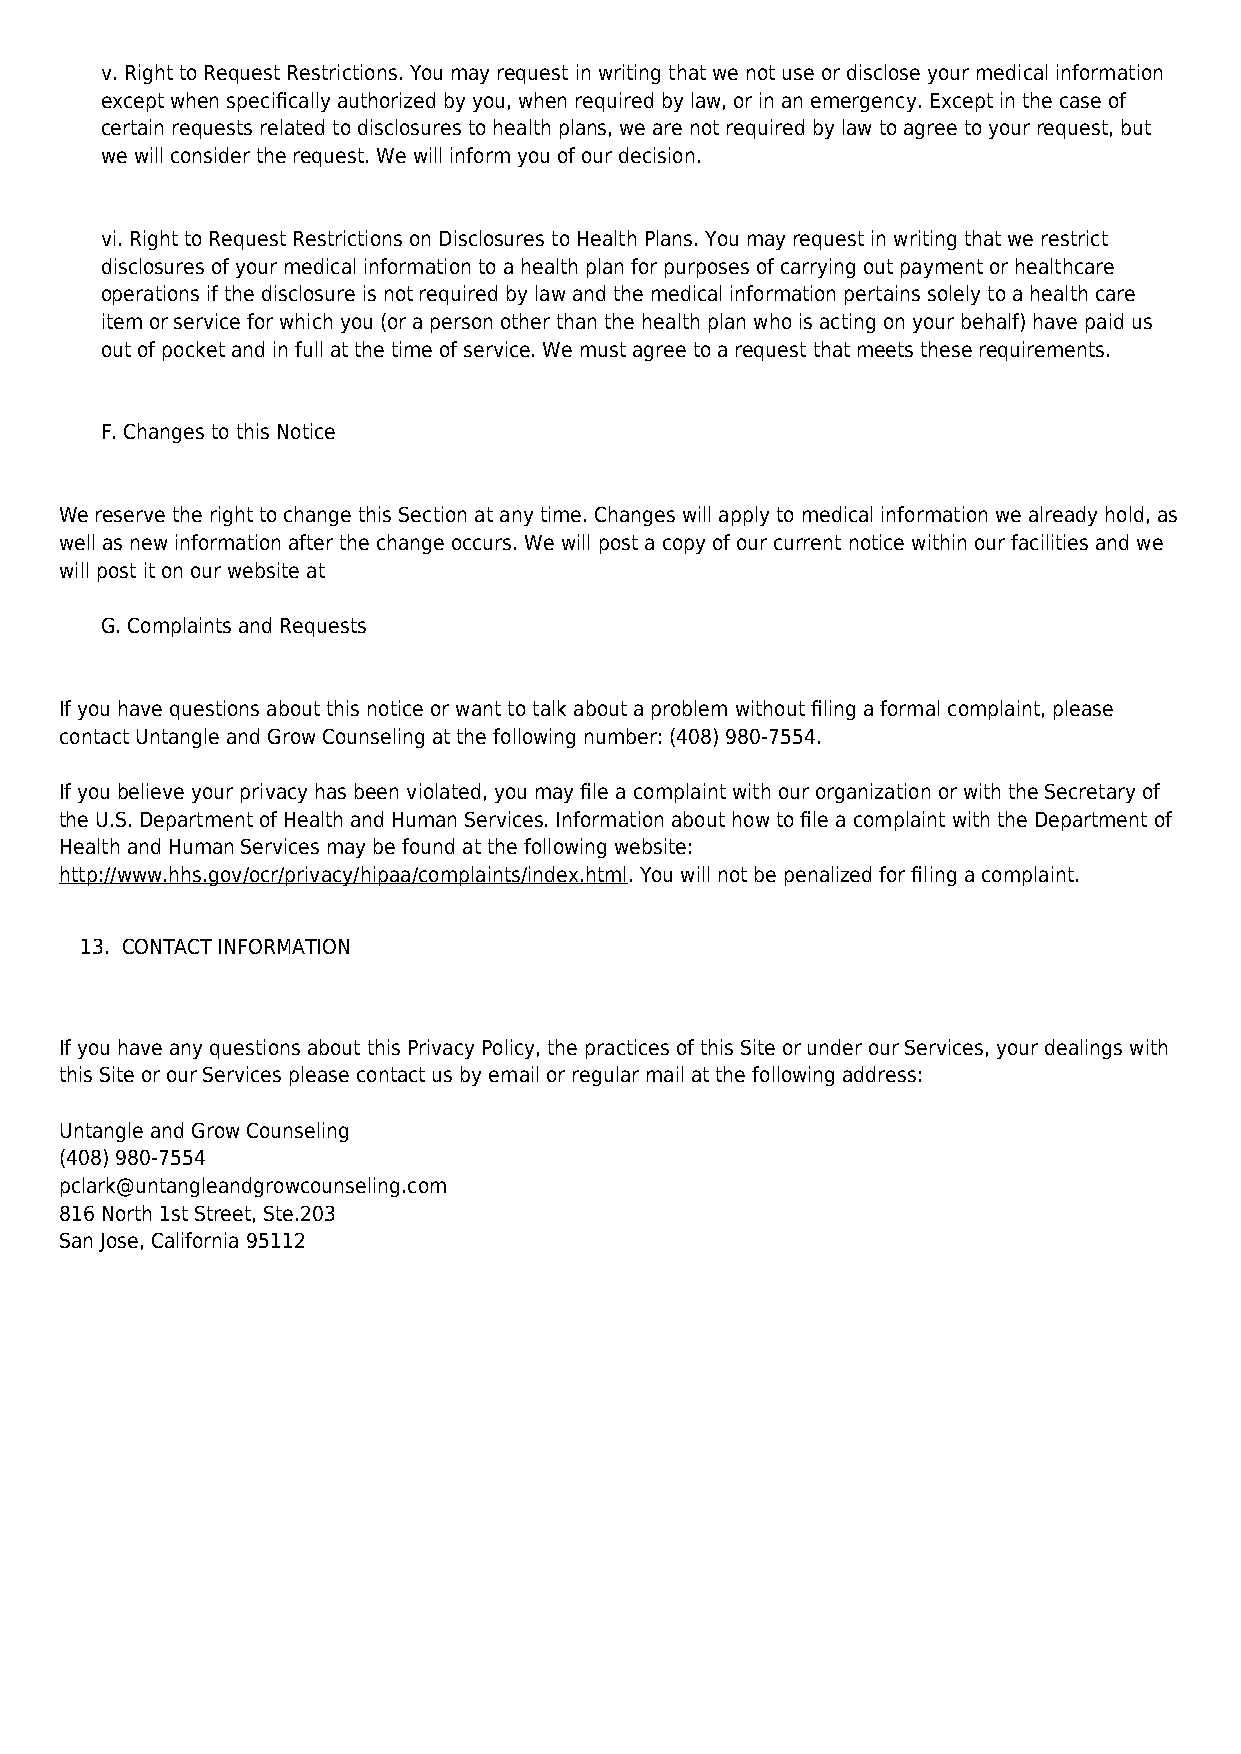
v. Right to Request Restrictions. You may request in writing that we not use or disclose your medical information
 except when specifically authorized by you, when required by law, or in an emergency. Except in the case of
 certain requests related to disclosures to health plans, we are not required by law to agree to your request, but
 we will consider the request. We will inform you of our decision.
 vi. Right to Request Restrictions on Disclosures to Health Plans. You may request in writing that we restrict
 disclosures of your medical information to a health plan for purposes of carrying out payment or healthcare
 operations if the disclosure is not required by law and the medical information pertains solely to a health care
 item or service for which you (or a person other than the health plan who is acting on your behalf) have paid us
 out of pocket and in full at the time of service. We must agree to a request that meets these requirements.
 F. Changes to this Notice
 We reserve the right to change this Section at any time. Changes will apply to medical information we already hold, as
 well as new information after the change occurs. We will post a copy of our current notice within our facilities and we
 will post it on our website at
 G. Complaints and Requests
 If you have questions about this notice or want to talk about a problem without filing a formal complaint, please
 contact Untangle and Grow Counseling at the following number: (408) 980-7554.
 If you believe your privacy has been violated, you may file a complaint with our organization or with the Secretary of
 the U.S. Department of Health and Human Services. Information about how to file a complaint with the Department of
 Health and Human Services may be found at the following website:
 http://www.hhs.gov/ocr/privacy/hipaa/complaints/index.html. You will not be penalized for filing a complaint.
 13. CONTACT INFORMATION
 If you have any questions about this Privacy Policy, the practices of this Site or under our Services, your dealings with
 this Site or our Services please contact us by email or regular mail at the following address:
 Untangle and Grow Counseling
 (408) 980-7554
 pclark@untangleandgrowcounseling.com
 816 North 1st Street, Ste.203
 San Jose, California 95112